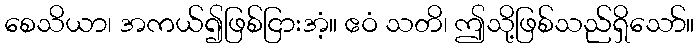
စေသိယာ၊ အကယ်၍ဖြစ်ငြားအံ့။ ဧဝံ သတိ၊ ဤသို့ဖြစ်သည်ရှိသော်။